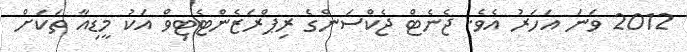
2012 ވަނަ އަހަރު އެވެ. ޖެނެޓް ޖެކްސަންގެ ރިޕްރަޒެންޓެޓިވް އަކު މީޑިއާ ތަކަށް